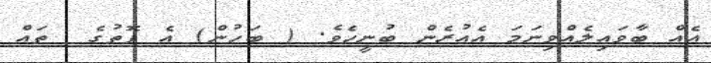
އެއް ބާވައިލެއްވިނަމަ އެއުރެން ބުނީހެވެ. ( ބަހުން) އެ ފޮތުގެ  ތައް